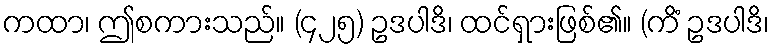
ကထာ၊ ဤစကားသည်။ (၄၂၅) ဥဒပါဒိ၊ ထင်ရှားဖြစ်၏။ (ကိံ ဥဒပါဒိ၊